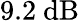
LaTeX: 9.2\ \mathrm{dB}